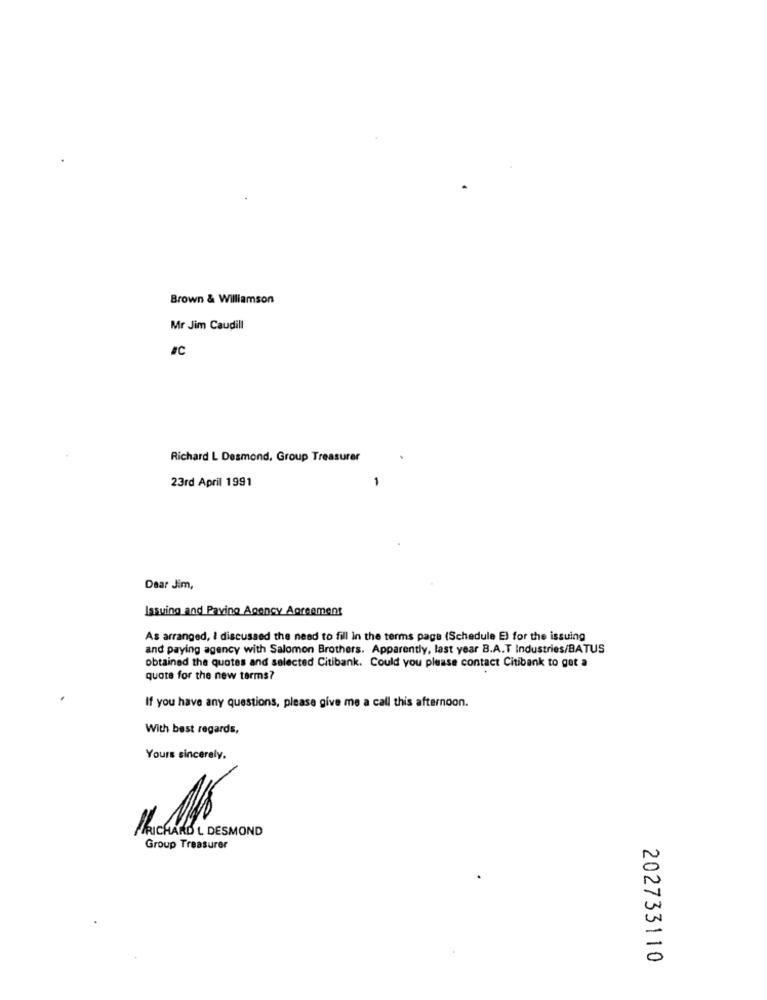
Brown & Williamson
Mr Jim Caudill
#C
Richard L Desmond, Group Treasurer
23rd April 1991
-
Dear Jim,
Issuing and Paving Agency Agreement
As arranged, I discussed the need to fill In the terms page (Schedule E) for the issuing
and paying agency with Salomon Brothers. Apparently, last year B.A.T Industries/BATUS
obtained the quotes and selected Citibank. Could you please contact Citibank to got a
quote for the new terms?
If you have any questions, please give me a call this afternoon.
With best regards,
Yours sincerely.
RICHARD L DESMOND
Group Treasurer
202733110